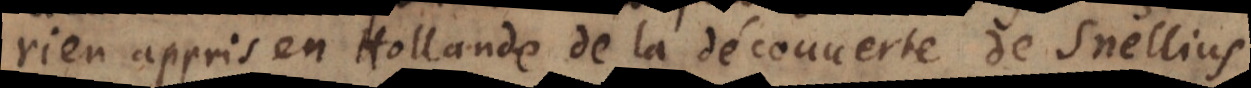
rien appris en Hollande de la découverte de Snellius.